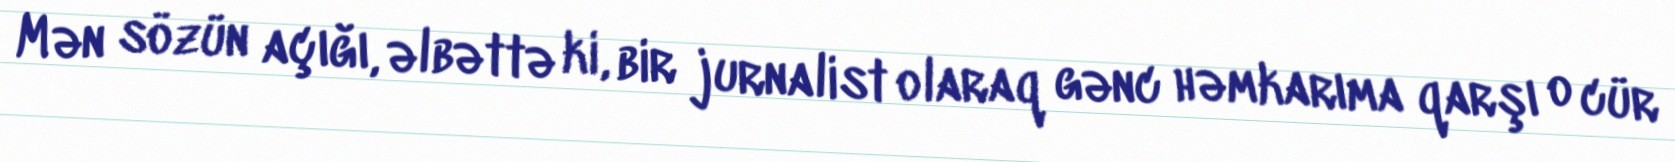
Mən sözün açığı, əlbəttə ki, bir jurnalist olaraq gənc həmkarıma qarşı o cür